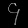
Digit: ၄